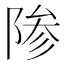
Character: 𬯊